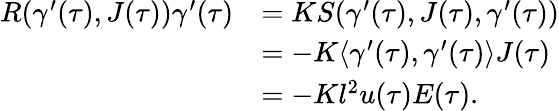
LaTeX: \begin{array}{rl}{R(\gamma^{\prime}(\tau),J(\tau))\gamma^{\prime}(\tau)}&{=KS(\gamma^{\prime}(\tau),J(\tau),\gamma^{\prime}(\tau))}\\ &{=-K\langle\gamma^{\prime}(\tau),\gamma^{\prime}(\tau)\rangle J(\tau)}\\ &{=-Kl^{2}u(\tau)E(\tau).}\end{array}